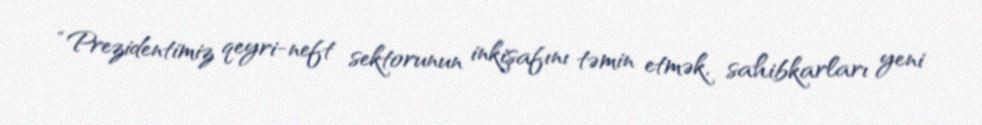
“Prezidentimiz qeyri-neft sektorunun inkişafını təmin etmək, sahibkarları yeni